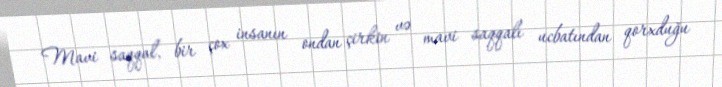
Mavi saqqal, bir çox insanın ondan çirkin və mavi saqqalı ucbatından qorxduğu